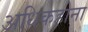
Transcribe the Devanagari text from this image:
अधिकहोना